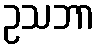
ဥသဘာ